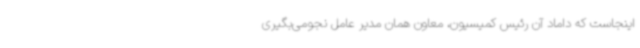
اینجاست که داماد آن رئیس کمیسیون، معاون همان مدیر عامل نجومی‌بگیری